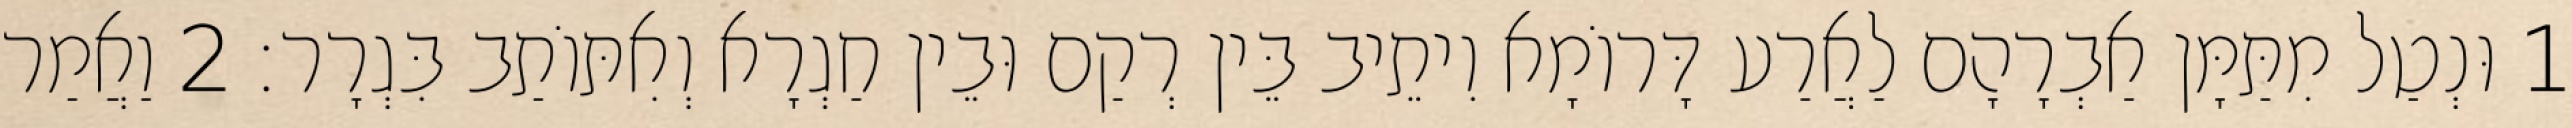
1 וּנְטַל מִתַּמָּן אַבְרָהָם לַאֲרַע דָּרוֹמָא וִיתֵיב בֵּין רְקַם וּבֵין חַגְרָא וְאִתּוֹתַב בִּגְרָר׃ 2 וַאֲמַר